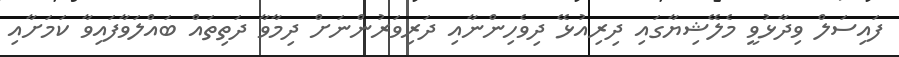
ފައިސަލް ވިދާޅުވީ މެލޭޝިޔާގައި ދިރިއުޅޭ ދިވެހިންނާއި ދަރިވަރުންނަށް ދިމާވާ ދަތިތައް ބައްލަވާފައިވާ ކަމަށާއި